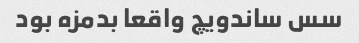
سس ساندویچ واقعا بدمزه بود